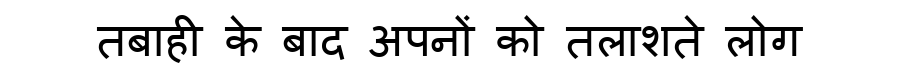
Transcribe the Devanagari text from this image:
तबाही के बाद अपनों को तलाशते लोग